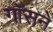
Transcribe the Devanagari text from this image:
गॉसने